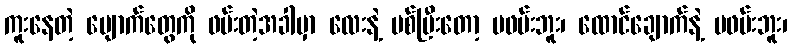
ကူးနေတဲ့ မျောက်တွေကို ဖမ်းတဲ့အခါမှာ လေးနဲ့ ပစ်ပြီးတော့ မဖမ်းဘူး၊ ထောင်ချောက်နဲ့ မဖမ်းဘူး၊